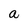
Character: a